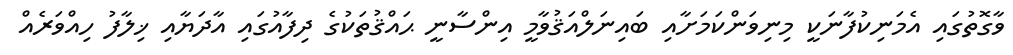
ވާގޮތުގައި އެމަނިކުފާނަކީ މިނިވަންކަމަށާއި ބައިނަލްއަޤުވާމީ އިންސާނީ ޙައްޤުތަކުގެ ދިފާއުގައި އާދަޔާއި ޚިލާފު ހިއްވަރެއް